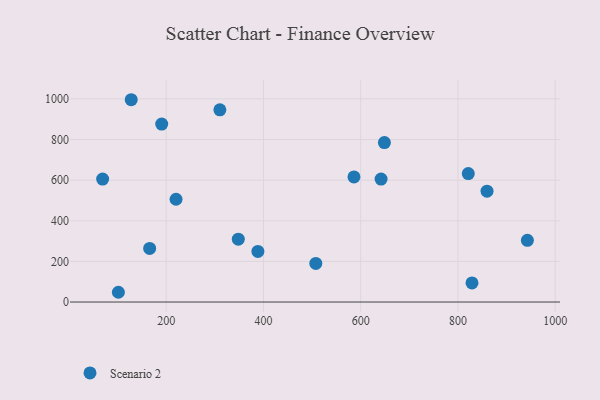
{"axis": {"x": "Ad Spend", "y": "Salary"}, "legend": ["Scenario 2"], "data": [{"x": "821.3", "y": 632.6, "type": "Scenario 2"}, {"x": "348.3", "y": 309.4, "type": "Scenario 2"}, {"x": "507.7", "y": 190.3, "type": "Scenario 2"}, {"x": "310.4", "y": 946.5, "type": "Scenario 2"}, {"x": "388.6", "y": 249.4, "type": "Scenario 2"}, {"x": "101.7", "y": 48.0, "type": "Scenario 2"}, {"x": "220.3", "y": 506.2, "type": "Scenario 2"}, {"x": "942.8", "y": 303.6, "type": "Scenario 2"}, {"x": "641.9", "y": 605.6, "type": "Scenario 2"}, {"x": "648.8", "y": 785.3, "type": "Scenario 2"}, {"x": "166.0", "y": 263.8, "type": "Scenario 2"}, {"x": "828.9", "y": 94.1, "type": "Scenario 2"}, {"x": "586.2", "y": 615.9, "type": "Scenario 2"}, {"x": "859.8", "y": 545.9, "type": "Scenario 2"}, {"x": "128.1", "y": 996.2, "type": "Scenario 2"}, {"x": "69.3", "y": 605.6, "type": "Scenario 2"}, {"x": "190.8", "y": 876.1, "type": "Scenario 2"}]}